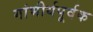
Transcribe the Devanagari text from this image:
गांभीर्यपूर्वक